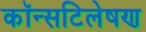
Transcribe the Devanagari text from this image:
कॉन्सटिलेषण